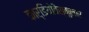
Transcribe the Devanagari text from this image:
कार्डियोवैस्कुलार